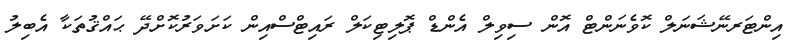
އިންޓަރނޭޝަނަލް ކޮވެނަންޓް އޮން ސިވިލް އެންޑް ޕޮލިޓިކަލް ރައިޓްސްއިން ކަށަވަރުކޮށްދޭ ޙައްޤުތަކާ އެބިލު